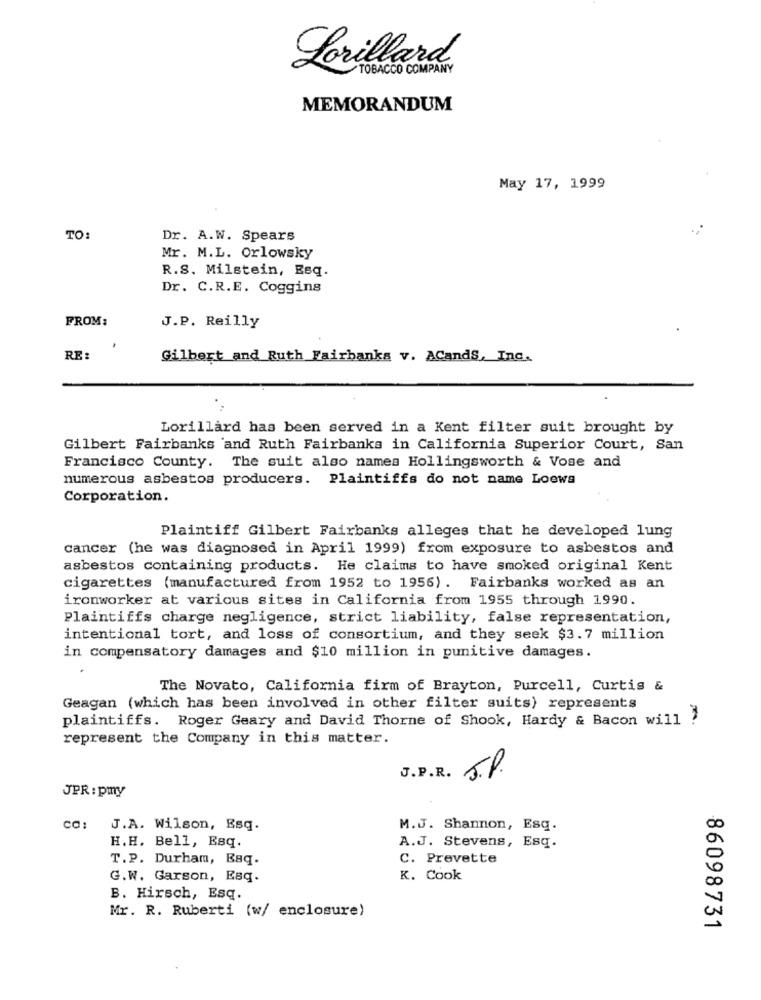
Lorillard
TOBACCO COMPANY
MEMORANDUM
May 17, 1999
TO
Dr. A.W. Spears
Mr. M.L. Orlowsky
R.S. Milstein, Esq.
Dr. C.R.E. Coggins
FROM:
J.P. Reilly
RE:
Gilbert and Ruth Fairbanks v. ACandS, Inc.
Lorillard has been served in a Kent filter suit brought by
Gilbert Fairbanks and Ruth Fairbanks in California Superior Court, San
Francisco County. The suit also names Hollingsworth & Vose and
numerous asbestos producers. Plaintiffs do not name Loews
Corporation.
Plaintiff Gilbert Fairbanks alleges that he developed lung
cancer (he was diagnosed in April 1999) from exposure to asbestos and
asbestos containing products. He claims to have smoked original Kent
cigarettes (manufactured from 1952 to 1956). Fairbanks worked as an
ironworker at various sites in California from 1955 through 1990.
Plaintiffs charge negligence, strict liability, false representation,
intentional tort, and loss of consortium, and they seek $3.7 million
in compensatory damages and $10 million in punitive damages.
The Novato, California firm of Brayton, Purcell, Curtis &
Geagan (which has been involved in other filter suits) represents
plaintiffs. Roger Geary and David Thorne of Shook, Hardy & Bacon will !
represent the Company in this matter.
J.P.R.
J.P.
JPR : pmy
co: J.A. Wilson, Esq.
M.J. Shannon, Esq.
H.H. Bell, Esq.
A.J. Stevens, Esq.
T.P. Durham, Baq.
C. Prevette
G.W. Garson, Esq.
K. Cook
B. Hirsch, Esq.
Mr. R. Ruberti (w/ enclosure)
86098731